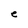
Character: e